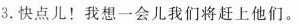
3.快点儿!我想一会儿我们将赶上他们。